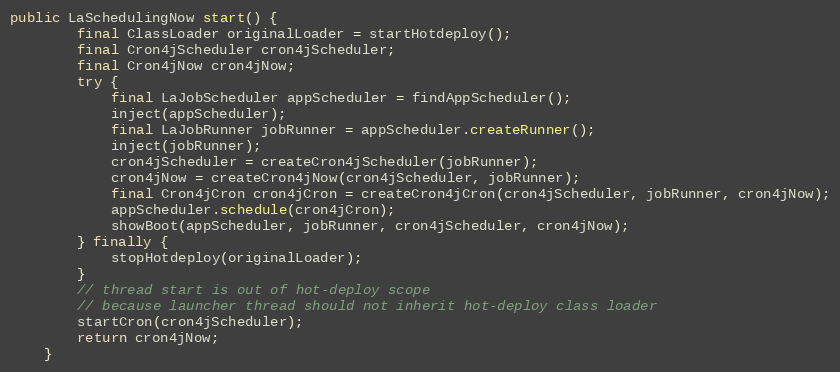
Language: Java
public LaSchedulingNow start() {
        final ClassLoader originalLoader = startHotdeploy();
        final Cron4jScheduler cron4jScheduler;
        final Cron4jNow cron4jNow;
        try {
            final LaJobScheduler appScheduler = findAppScheduler();
            inject(appScheduler);
            final LaJobRunner jobRunner = appScheduler.createRunner();
            inject(jobRunner);
            cron4jScheduler = createCron4jScheduler(jobRunner);
            cron4jNow = createCron4jNow(cron4jScheduler, jobRunner);
            final Cron4jCron cron4jCron = createCron4jCron(cron4jScheduler, jobRunner, cron4jNow);
            appScheduler.schedule(cron4jCron);
            showBoot(appScheduler, jobRunner, cron4jScheduler, cron4jNow);
        } finally {
            stopHotdeploy(originalLoader);
        }
        // thread start is out of hot-deploy scope
        // because launcher thread should not inherit hot-deploy class loader
        startCron(cron4jScheduler);
        return cron4jNow;
    }